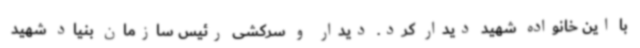
با این خانواده شهید دیدار کرد. دیدار و سرکشی رئیس سازمان بنیاد شهید